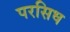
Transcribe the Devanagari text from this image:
परसिध